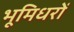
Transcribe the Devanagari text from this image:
भूमिधरों